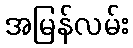
အမြန်လမ်း